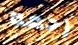
رحمه